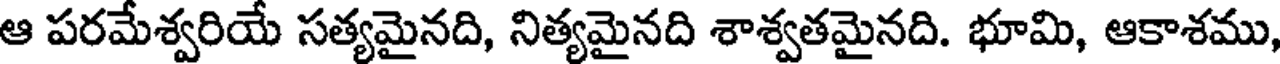
ఆ పరమేశ్వరియే సత్యమైనది, నిత్యమైనది శాశ్వతమైనది. భూమి, ఆకాశము,